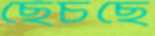
ছেঁচছে